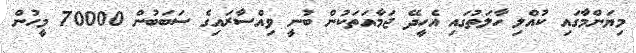
މިޔަންމާގައި ކުއްލި ހާލަތުގައި އެހީދޭ ޖަމާއަތަކުން ބުނީ ވިއްސާރައިގެ ސަބަބުން 70000 މީހުން